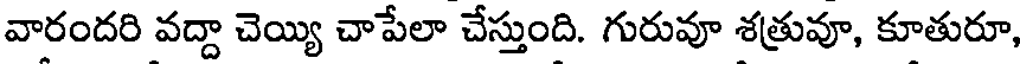
వారందరి వద్దా చెయ్యి చాపేలా చేస్తుంది. గురువూ శత్రువూ, కూతురూ,